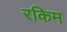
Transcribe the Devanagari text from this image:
रकिम